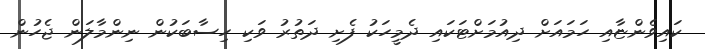
ކައިވެންޏާއި ހަމައަށް ދިއުމަށްޓަކައި ދެމީހަކު ފެށި ދަތުރު ވަކި ހިސާބަކުން ނިންމާލަން ޖެހުން